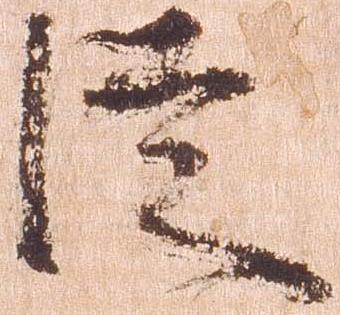
徒